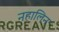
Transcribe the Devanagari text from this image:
नहालिन